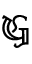
\mathfrak { G }